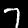
Label: 7